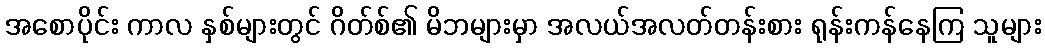
အစောပိုင်း ကာလ နှစ်များတွင် ဂိတ်စ်၏ မိဘများမှာ အလယ်အလတ်တန်းစား ရုန်းကန်နေကြ သူများ